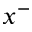
x ^ { - }